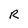
Character: R